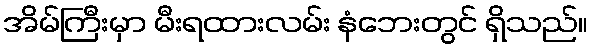
အိမ်ကြီးမှာ မီးရထားလမ်း နံဘေးတွင် ရှိသည်။